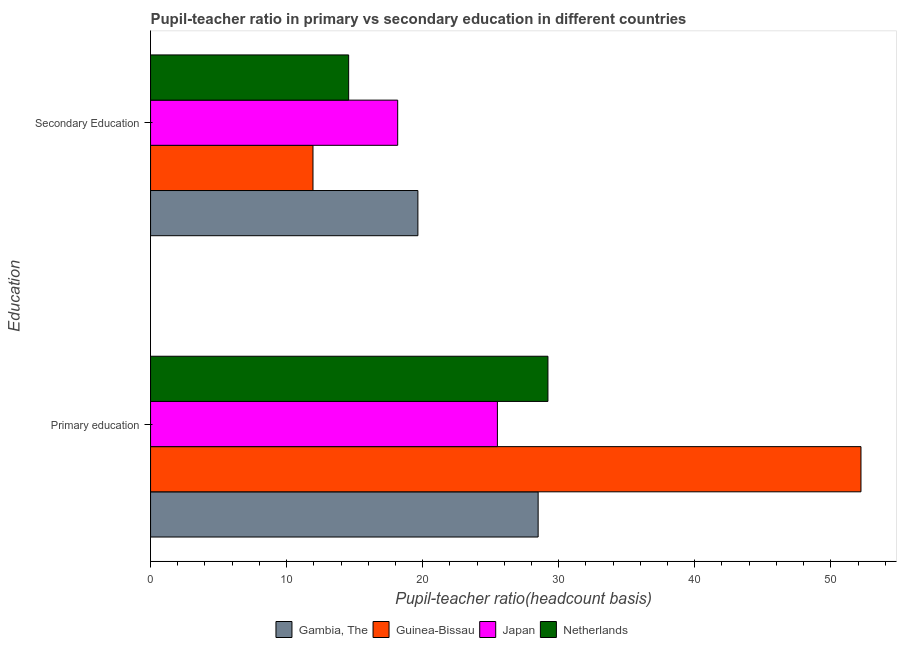
| Education | Gambia, The | Guinea-Bissau | Japan | Netherlands |
 | --- | --- | --- | --- | --- |
 | Primary education | 28.5 | 52.2 | 25.5 | 29.2 |
 | Secondary Education | 19.6 | 11.9 | 18.2 | 14.6 |